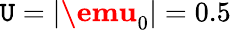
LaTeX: \mathtt{U}=|\textbf{{\emu}}_{0}|=0.5